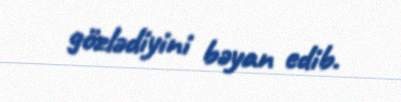
gözlədiyini bəyan edib.